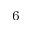
^ 6